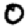
Digit: 0